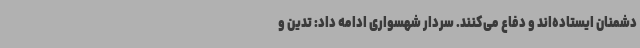
دشمنان ایستاده‌اند و دفاع می‌کنند. سردار شهسواری ادامه داد: تدین و